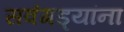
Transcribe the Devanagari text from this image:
सवंगड्यांना